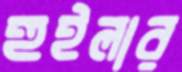
হুইলার